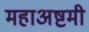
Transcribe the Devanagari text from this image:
महाअष्टमी